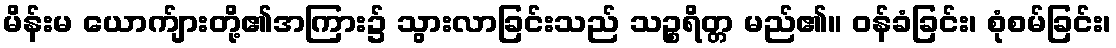
မိန်းမ ယောက်ျားတို့၏အကြား၌ သွားလာခြင်းသည် သဉ္စရိတ္တ မည်၏။ ဝန်ခံခြင်း၊ စုံစမ်ခြင်း၊